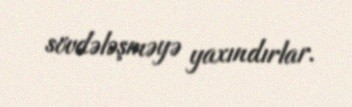
sövdələşməyə yaxındırlar.